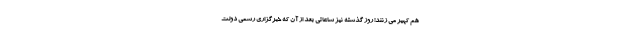
هم کهیر می زنند! روز گذشته نیز ساعاتی بعد از آن که خبرگزاری رسمی دولت